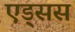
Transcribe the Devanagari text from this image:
एड्सस